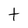
Character: t